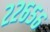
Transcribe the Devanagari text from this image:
२२६५६